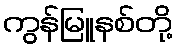
ကွန်မြူနစ်တို့